King Institute of Preventive Medicine Micro-Biological Section reports 1909-11
Year: 1909
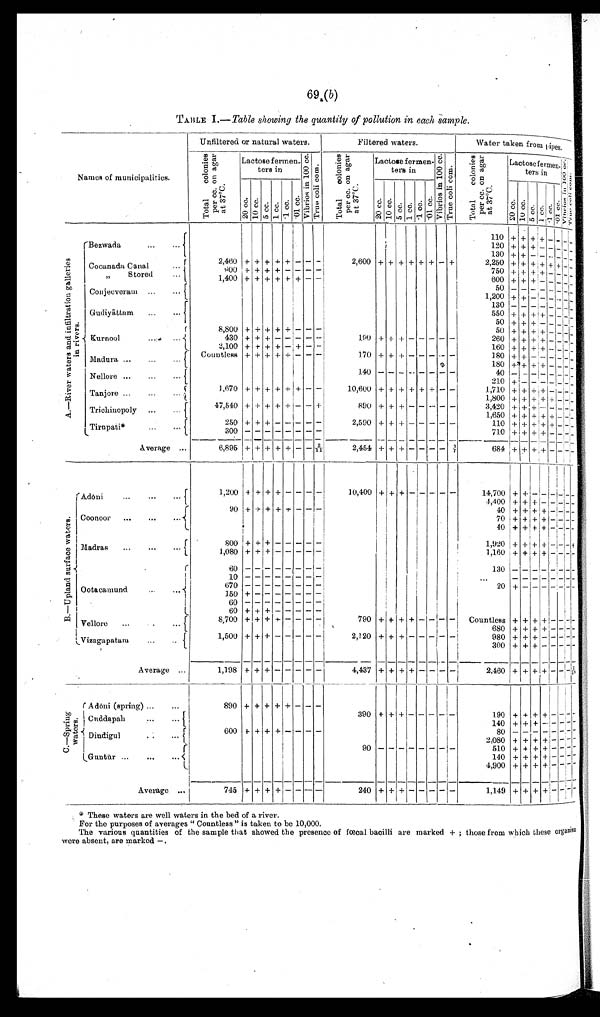
69.
(b)
TABLE 1.— Table showing the quantity of pollution in each sample.
Names of municipalities
Unfiltered or natural waters.
Filtered. waters.
Water taken from pipes.
T o t a l c o l o n i e s p e r c c . o n a g a r a t 3 7C .
Lactose fermen-
ters in
V i b r i o s i n 1 0 0 c c
T r u e c o l i c o m .
T o t a l c o l o n i e s p e r c c . o n a g a r a t 3 7C .
Lactose fermen-
ters in
v i b r i o s i n 1 0 0 c c .
T r u e c o l i c o m .
T o t a l c o l o n i e s p e r c c . o n a g a r a t 3 7 C .
Lactoseferme
n t e r s i n T r u e c o l i c o m .
.01 cc.
20 cc. 10 cc. 5 cc. 1 c c .
.1 cc V i b r i o s i n 1 0 0 c c .
1 0 c c . 5 c c .
. 0 1 c c c .
20 cc. 1 0 c c . 5 cc. 1 c c . . 1 c c .
20 cc.
1 c c . . 1 c c .
. 1 c c .
A R i v e r w a t e r s a n d i n f i l t r a t i o n g a l l e r i e s i n r i v e r s .
Bezwada
...
...
110
120
130
+
+
+
+
+
+
+
+ +
+ — —
– –
–
–
– — — — —
2,460 + + + + + – – –
2,600 + + + + + + – +
2,250 + + + – –
– – –
Cocanada Canal
...
900 + + + + – – – –
750 + + + + – – ––
„
Stored
... ...
1,400 + + + + + + – –
600 + + + – – – – –
Conjeeveram ...
...
1,200 + +– – – –
––
Gudiyāttam ...
......
1 3 0 5 5 0 – – – – – – –
–
8, 800 + + + + + – – –
50
50+ + + ++ +– –– ––
Kurnool
...
...
430 + + + – – –– –
190 + ++ – – – – –
260 + + + + – –––
2,100 + + + + + – + – –
160 + + + + – – – –
Madura ...
...
...
Countles +
+ + +
+– –
–
170
140
+ – + –
+ –
– –
– –
– – – – – –
180
40 + +
+ – – – – – – – – –– –
– –
Nellore ...
... ...
1,670
+ +
+ +
+ + – –
10,600
+
+ + +
+
+
– –
210
1,710
+ + – – – – –– –
Tanjore ...
...
...
1 ,800 + + + ++ + –––
Trichinopoly ...
...
47,540 ++ + + ++ – – + +
890+ + + – – – – –
3,420
1,650
+ + + +
+ +
– – –––
250
+ + + +
– – – – –
2,590 + + + – – – – –
110 + + + + + –––
Tirupati*
...
...
300 – – – – –
– – –
710 + + + + – – ––
Average ...
6,895+ + + + + – – 2/11
2,454 + + + – – – – 1/7
684
+ + +
+ — — — —
B . — U p l a n d a u r f a c e w a t e r s .
Adoni ...
... ... 1,200 + + + + – – – – 10,400+ + + – – – – – –
14,700 + + – – – – ––
90
+ + + + + – – –
4,400 + + + – – – – –
40 + + + + – – – –
Coonoor...
....
70
+ + + + – – ––
800
+
+ + –
– – – –
40 1,920
+ +
+
+
+
+
+ +
+
– –
– – – –
– –
Madras
...
...
1,080 + + + – – – – –
1,160 + + + + – – – –
60
– – – – – – – –
130 – – – – – – – –
10
– – – – – – – –
...
– – – – – – ––
670
— — — — — — — —
+ — — — — — ——
Ootacamund ... ...
150 + – – – – – – –
60
– – – – – – – –
60 + + + – – – – –
Vellore...
... ...
8,700 + + + + – – – –
790 + + + + – – – –
Countless
680
+ + + + + +
+ + +
+ +
+
– – – – – – – –
V i z s g a p a t a m
...
...
1,500
+ + + – – – – –
2,120 + + + – – – – –
980 + + + – – – – –
300
+
+
+ – – – –
–
Average ...
1,198+ + + – – – – –
4,437
+
+ + + – – – –
2,460 + + + + + –
–
–
C . — s P R I N G W A T O R S .
Adoni (spring) ...
...
890
+
+ + + + + - - -
390
+
+ + –
– – – –
190
+
+ + +
– –
–
–
Cu
ddapah
...
...
140 + + + – – – ––
600 + + + + - - - - -
80 – – – – – – ––
Dindigul
...
...
2,080 + + + + – – ––
510
+ + + + – – ––
Guntur ... ... ...
90
– – – – – – – –
140 + +
+ + + – – ––
4,900 +
+ + + –
–
–
–
Average ...
745+ + + + – – – –
240 + + + – – – – –
1,149 + + + + –
– – –
These waters are well waters in the bed of a river.
For the purposes of averages " Countless" is taken to be 10,000.
The various quantities of the sample that showed the presence of Fœcal bacilli are marked + ; those from which these organism
were absent, are marked—.